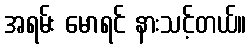
အရမ်း မောရင် နားသင့်တယ်။